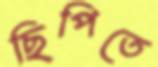
ছিপিতে